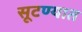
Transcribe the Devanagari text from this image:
सूटण्यात